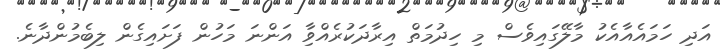
އަދި ހަމައެއާއެކު މާލޭގައިވެސް މި ހިދުމަތް އިރާދަކުރެއްވިާ އަންނަ މަހުން ފަށައިގެން ލިބެމުންދާނެ.